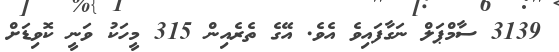
3139 ސާމްޕަލް ނަގާފައިވެ އެވެ. އޭގެ ތެރެއިން 315 މީހަކު ވަނީ ކޮވިޑަށް